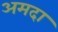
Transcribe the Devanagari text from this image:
अमदा